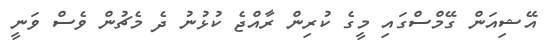
އޭޝިއަން ގޭމްސްގައި މީގެ ކުރިން ރާއްޖެ ކުޅުނު ދެ މެޗުން ވެސް ވަނީ